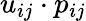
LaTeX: u_{ij}\cdot p_{ij}